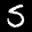
Label: 5